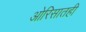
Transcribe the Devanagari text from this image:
ओरिसातही